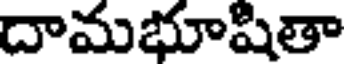
దామభూషితా